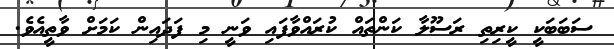
ސަބަބަކީ ކީރިތި ރަސޫލާ ކަންތައް ކުރައްވާފައި ވަނީ މި ފަދައިން ކަމަށް ވާތީއެވެ.